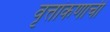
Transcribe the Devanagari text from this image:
वृत्तांकणाची